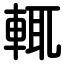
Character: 輒